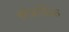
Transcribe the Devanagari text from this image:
श्रोत्रादिक